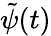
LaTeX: \tilde{\psi}(t)